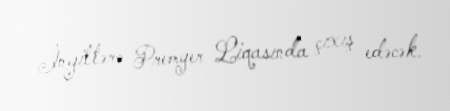
İngiltərə Premyer Liqasında çıxış edəcək.